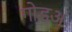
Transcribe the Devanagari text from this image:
गोडअ